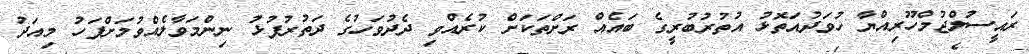
ރައީސުލްޖުމްހޫރިއްޔާ ހުވަދުއަތޮޅު އުތުރުބުރީގެ ބައެއް ރަށްތަކަށް ކުރެއްވި ދެދުވަހުގެ ދަތުރުފުޅު ނިންމަވާލެއްވުމަށްފަހު މިއަދު